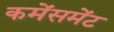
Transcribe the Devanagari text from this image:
कमेंसमेंट